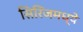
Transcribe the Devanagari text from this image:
सिरिंजमध्ये